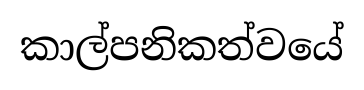
කාල්පනිකත්වයේ